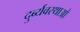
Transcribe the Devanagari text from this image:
दुर्ब्यवस्थाओ